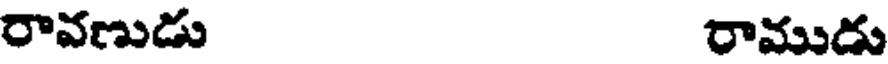
రావణుడు రాముడు